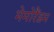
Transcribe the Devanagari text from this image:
मेमोरैंडम